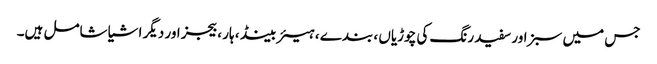
جس میں سبز اور سفید رنگ کی چوڑیاں ، بندے ، ہیئر بینڈ ، ہار ، بیجز اور دیگر اشیا شامل ہیں۔